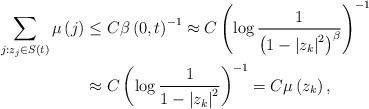
LaTeX: \begin{align*}\sum_{j:z_{j}\in S\left( t\right) }\mu\left( j\right)& \leq C\beta\left( 0,t\right) ^{-1}\approx C\left( \log\frac{1}{\left(1-\left\vert z_{k}\right\vert ^{2}\right) ^{\beta}}\right) ^{-1}\\& \approx C\left( \log\frac{1}{1-\left\vert z_{k}\right\vert ^{2}}\right)^{-1}=C\mu\left( z_{k}\right) ,\end{align*}